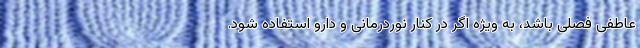
عاطفی فصلی باشد، به ویژه اگر در کنار نوردرمانی و دارو استفاده شود.